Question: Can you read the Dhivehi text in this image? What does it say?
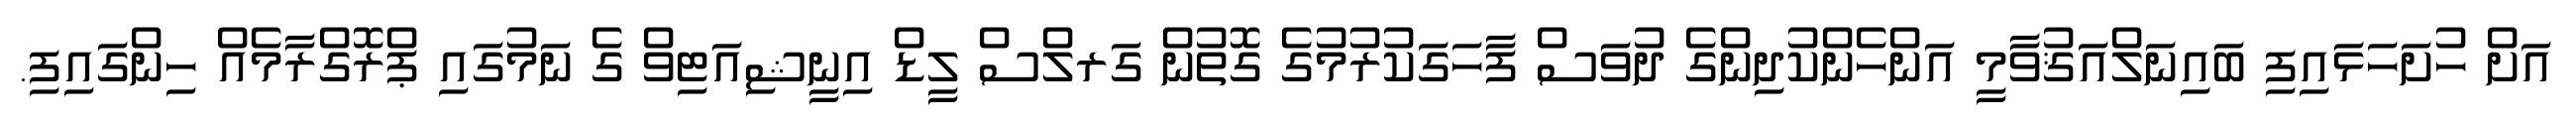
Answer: އަށް ހުށަހަޅައިފި ބައިނަލްއަޤުވާމީ އަންހެންކުދިންގެ ދުވަސް ފާހަގަކުރުމުގެ ގޮތުން ގަރލްސް ލީޑް އިނީޝިއަޓިވް ގެ ނަމުގައި ޕްރޮގްރާމެއް ހިންގައިފި.